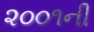
૨૦૦૧ની